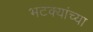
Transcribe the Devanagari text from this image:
भटक्यांच्या